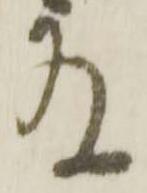
存